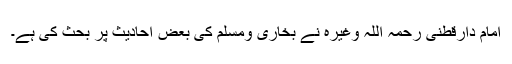
امام دارقطنی رحمہ اللہ وغیرہ نے بخاری ومسلم کی بعض احادیث پر بحث کی ہے۔